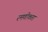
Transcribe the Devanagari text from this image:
रमणीकता